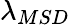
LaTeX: \lambda_{MSD}